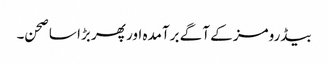
بیڈرومز کے آگے برآمدہ اور پھر بڑا سا صحن۔